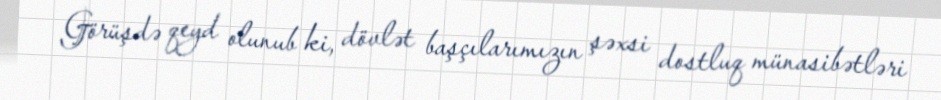
Görüşdə qeyd olunub ki, dövlət başçılarımızın şəxsi dostluq münasibətləri